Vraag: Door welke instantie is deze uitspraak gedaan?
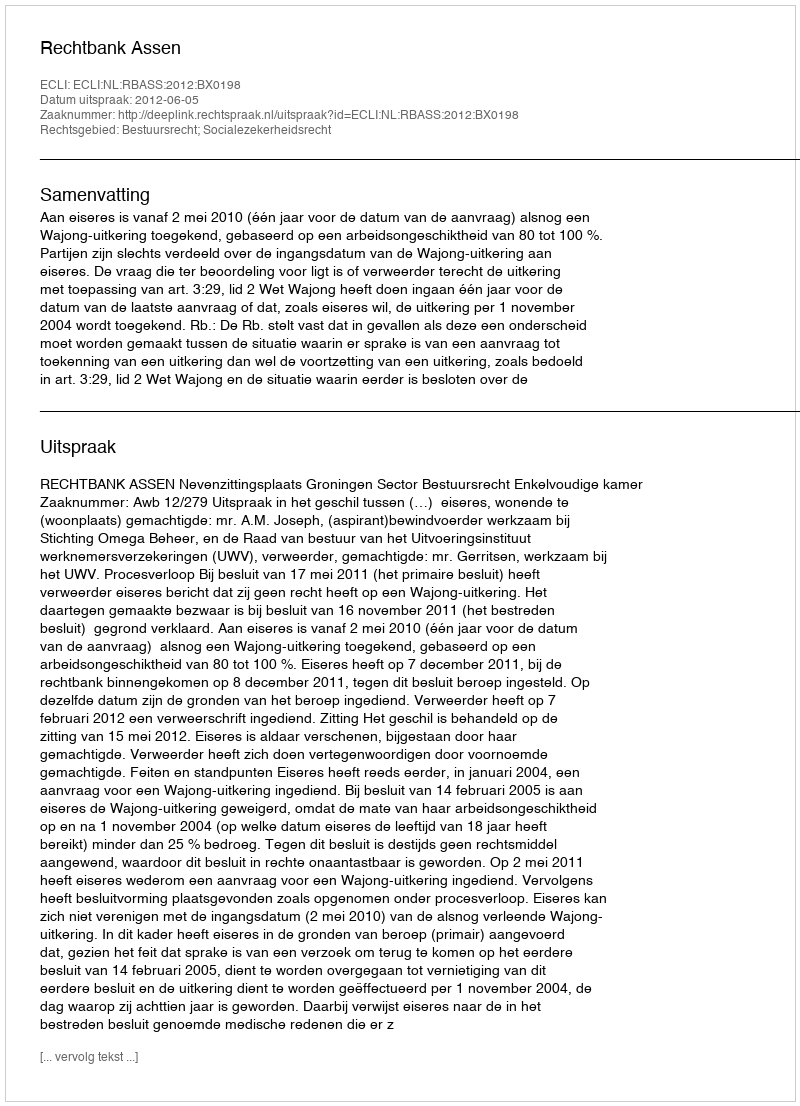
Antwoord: Rechtbank Assen